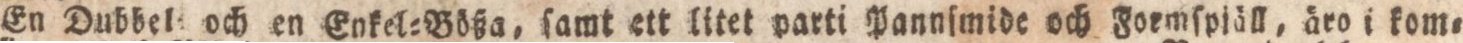
En Dubbel och en Enkel=Bößa, ſämt ett litet parti Pannſmide och Foemſpiäll, äro i kom=